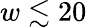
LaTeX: w\lesssim 20